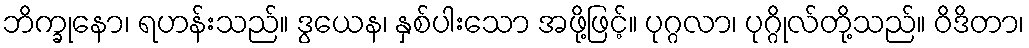
ဘိက္ခုနော၊ ရဟန်းသည်။ ဒွယေန၊ နှစ်ပါးသော အဖို့ဖြင့်။ ပုဂ္ဂလာ၊ ပုဂ္ဂိုလ်တို့သည်။ ဝိဒိတာ၊